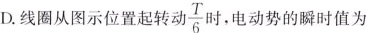
D.线圈从图示位置起转动\frac{T}{6}，电动势的瞬时值为